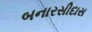
બનારસીદાસ